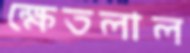
ক্ষেতলাল